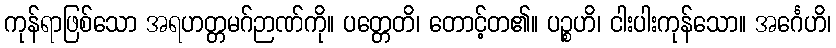
ကုန်ရာဖြစ်သော အရဟတ္တမဂ်ဉာဏ်ကို။ ပတ္တေတိ၊ တောင့်တ၏။ ပဉ္စဟိ၊ ငါးပါးကုန်သော။ အင်္ဂေဟိ၊